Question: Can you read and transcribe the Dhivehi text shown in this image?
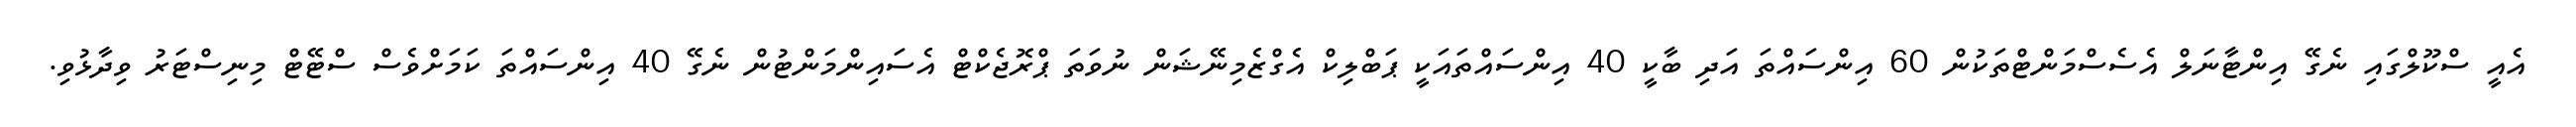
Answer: އެއީ ސްކޫލްގައި ނެގޭ އިންޓާނަލް އެސެސްމަންޓްތަކުން 60 އިންސައްތަ އަދި ބާކީ 40 އިންސައްތައަކީ ޕަބްލިކް އެގްޒެމިނޭޝަން ނުވަތަ ޕްރޮޖެކްޓް އެސައިންމަންޓުން ނެގޭ 40 އިންސައްތަ ކަމަށްވެސް ސްޓޭޓް މިނިސްޓަރު ވިދާޅުވި.